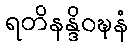
ရတိနန္ဒိဝဍ္ဎနံ